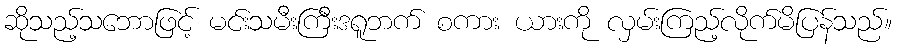
ဆိုသည့်သဘောဖြင့် မင်းသမီးကြီးဒရူဘက် စကား ယားကို လှမ်းကြည့်လိုက်မိပြန်သည်။